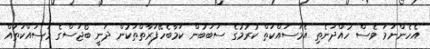
އެހެންނަމަ ވެސް ހުއްދަނެތި އެމަސައްކަތް ކުރުމުގެ ސަބަބުން ކަމާބެހޭފަރާތްތަކުން ދަނީ ބޯޖަސްގެ މަސައްކަތައް